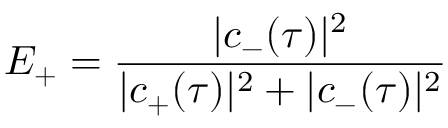
E _ { + } = \frac { | c _ { - } ( \tau ) | ^ { 2 } } { | c _ { + } ( \tau ) | ^ { 2 } + | c _ { - } ( \tau ) | ^ { 2 } }